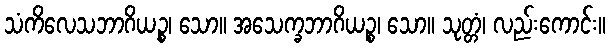
သံကိလေသဘာဂိယဉ္စ၊ သော။ အသေက္ခဘာဂိယဉ္စ၊ သော။ သုတ္တံ၊ လည်းကောင်း။